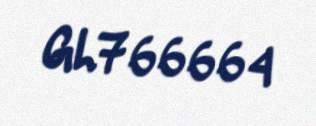
GL766664